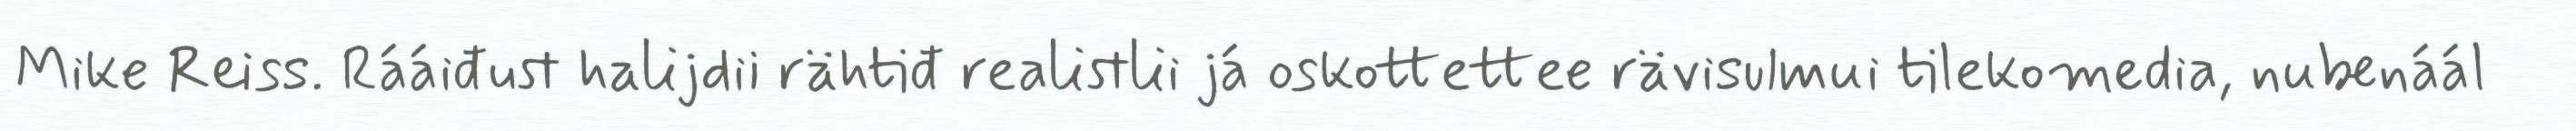
Mike Reiss. Rááiđust halijdii rähtiđ realistlii já oskottettee rävisulmui tilekomedia, nubenáál